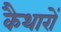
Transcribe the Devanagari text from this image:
कैथारों